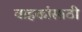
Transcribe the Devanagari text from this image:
वाहकांसाठी